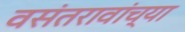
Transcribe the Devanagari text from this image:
वसंतरावांच्या